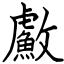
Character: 䱷